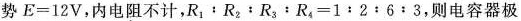
势$$E = 1 2 V$$，内电阻不计，$$R _ { 1 } ： R _ { 2 } ： R _ { 3 } ： R _ { 4 } = 1 ： 2 ： 6 ： 3$$，则电容器极